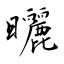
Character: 曬